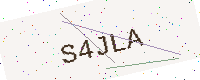
Text: S4JLA